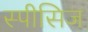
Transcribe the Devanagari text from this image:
स्पीसिज